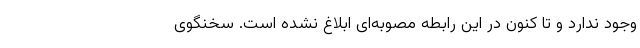
وجود ندارد و تا کنون در این رابطه مصوبه‌ای ابلاغ نشده است. سخنگوی